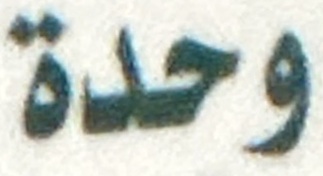
وحدة